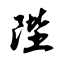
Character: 陛